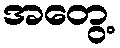
အတွေ့